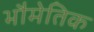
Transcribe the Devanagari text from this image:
भौमेतिक